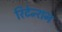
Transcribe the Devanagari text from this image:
रिटेन्शन